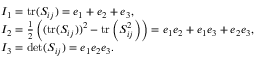
\begin{array} { l } { I _ { 1 } = \operatorname { t r } ( S _ { i j } ) = e _ { 1 } + e _ { 2 } + e _ { 3 } , } \\ { I _ { 2 } = \frac { 1 } { 2 } \left( ( \operatorname { t r } ( S _ { i j } ) ) ^ { 2 } - \operatorname { t r } \left( S _ { i j } ^ { 2 } \right) \right) = e _ { 1 } e _ { 2 } + e _ { 1 } e _ { 3 } + e _ { 2 } e _ { 3 } , } \\ { I _ { 3 } = \det ( S _ { i j } ) = e _ { 1 } e _ { 2 } e _ { 3 } . } \end{array}